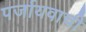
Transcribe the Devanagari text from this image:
पर्जायवाची